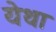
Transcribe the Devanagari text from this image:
येथा